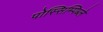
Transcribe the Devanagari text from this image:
पोस्सिम्पिब्ले